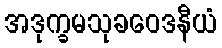
အဒုက္ခမသုခဝေဒနီယံ